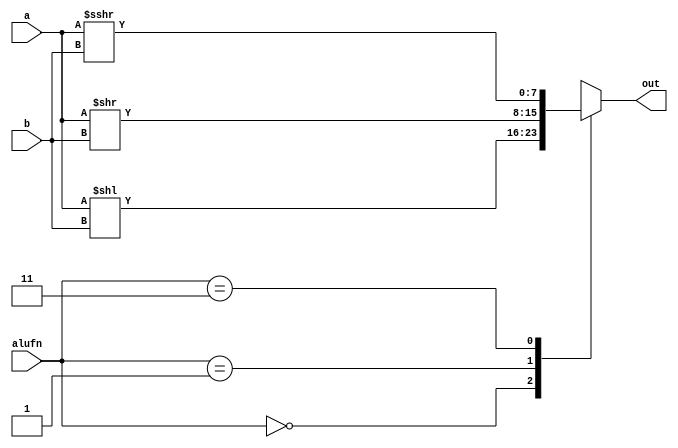
/*
   This file was generated automatically by the Mojo IDE version B1.3.6.
   Do not edit this file directly. Instead edit the original Lucid source.
   This is a temporary file and any changes made to it will be destroyed.
*/

module shifter_10 (
    input [7:0] a,
    input [4:0] b,
    input [1:0] alufn,
    output reg [7:0] out
  );
  
  
  
  always @* begin
    out = 8'bxxxxxxxx;
    
    case (alufn)
      2'h0: begin
        out = a << b;
      end
      2'h1: begin
        out = a >> b;
      end
      2'h3: begin
        out = $signed(a) >>> b;
      end
    endcase
  end
endmodule